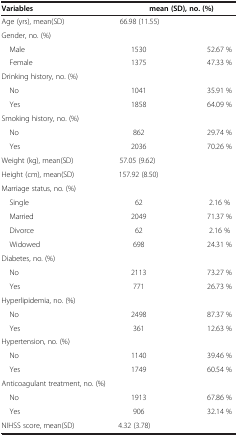
<table><thead><tr><td><b>Variables</b></td><td><b>mean (SD), no. (%)</b></td><td><b> </b></td></tr></thead><tbody><tr><td>Age (yrs), mean(SD)</td><td> </td><td>66.98 (11.55)</td><td> </td></tr><tr><td>Gender, no. (%)</td><td> </td><td> </td><td> </td></tr><tr><td> Male</td><td>1530</td><td> </td><td>52.67 %</td></tr><tr><td> Female</td><td>1375</td><td> </td><td>47.33 %</td></tr><tr><td>Drinking history, no. (%)</td><td> </td><td> </td><td> </td></tr><tr><td> No</td><td>1041</td><td> </td><td>35.91 %</td></tr><tr><td> Yes</td><td>1858</td><td> </td><td>64.09 %</td></tr><tr><td>Smoking history, no. (%)</td><td> </td><td> </td><td> </td></tr><tr><td> No</td><td>862</td><td> </td><td>29.74 %</td></tr><tr><td> Yes</td><td>2036</td><td> </td><td>70.26 %</td></tr><tr><td>Weight (kg), mean(SD)</td><td> </td><td>57.05 (9.62)</td><td> </td></tr><tr><td>Height (cm), mean(SD)</td><td> </td><td>157.92 (8.50)</td><td> </td></tr><tr><td>Marriage status, no. (%)</td><td> </td><td> </td><td> </td></tr><tr><td> Single</td><td>62</td><td> </td><td>2.16 %</td></tr><tr><td> Married</td><td>2049</td><td> </td><td>71.37 %</td></tr><tr><td> Divorce</td><td>62</td><td> </td><td>2.16 %</td></tr><tr><td> Widowed</td><td>698</td><td> </td><td>24.31 %</td></tr><tr><td>Diabetes, no. (%)</td><td> </td><td> </td><td> </td></tr><tr><td> No</td><td>2113</td><td> </td><td>73.27 %</td></tr><tr><td> Yes</td><td>771</td><td> </td><td>26.73 %</td></tr><tr><td>Hyperlipidemia, no. (%)</td><td> </td><td> </td><td> </td></tr><tr><td> No</td><td>2498</td><td> </td><td>87.37 %</td></tr><tr><td> Yes</td><td>361</td><td> </td><td>12.63 %</td></tr><tr><td>Hypertension, no. (%)</td><td> </td><td> </td><td> </td></tr><tr><td> No</td><td>1140</td><td> </td><td>39.46 %</td></tr><tr><td> Yes</td><td>1749</td><td> </td><td>60.54 %</td></tr><tr><td>Anticoagulant treatment, no. (%)</td><td> </td><td> </td><td> </td></tr><tr><td> No</td><td>1913</td><td> </td><td>67.86 %</td></tr><tr><td> Yes</td><td>906</td><td> </td><td>32.14 %</td></tr><tr><td>NIHSS score, mean(SD)</td><td> </td><td>4.32 (3.78)</td><td> </td></tr></tbody></table>